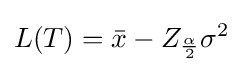
L(T)={\bar {x}}-Z_{\frac {\alpha }{2}}\sigma ^{2}